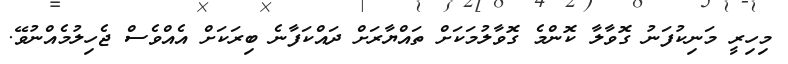
މިހިރީ މަނިކުފަަނު ގޮވާލާ ކޮންމެ ގޮވާލުމަކަށް ތައްޔާރަށް ދައްކަފާނެ ބިރަކަށް އެއްވެސް ޖެހިލުމެއްނުވޭ.